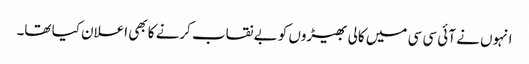
انہوں نے آئی سی سی میں کالی بھیڑوں کو بے نقاب کرنے کا بھی اعلان کیا تھا۔